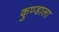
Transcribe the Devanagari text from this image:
कुण्डाला